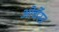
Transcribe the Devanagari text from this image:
ओर्चेस्त्र